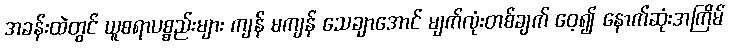
အခန်းထဲတွင် ယူစရာပစ္စည်းများ ကျန် မကျန် သေချာအောင် မျက်လုံးတစ်ချက် ဝေ့၍ နောက်ဆုံးအကြိမ်